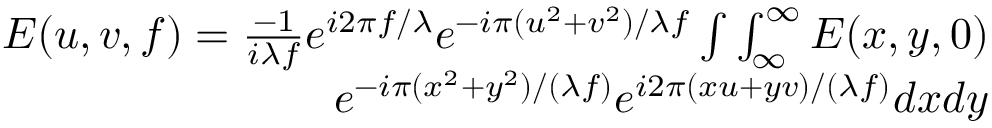
\begin{array} { r } { E ( u , v , f ) = \frac { - 1 } { i \lambda f } { { e } ^ { i 2 \pi f / \lambda } } { { e } ^ { - i \pi ( { { u } ^ { 2 } } + { { v } ^ { 2 } } ) / \lambda f } } \int \int _ { \infty } ^ { \infty } E ( x , y , 0 ) } \\ { { { e } ^ { - i \pi ( { { x } ^ { 2 } } + { { y } ^ { 2 } } ) / ( \lambda f ) } } { { e } ^ { i 2 \pi ( x u + y v ) / ( \lambda f ) } } d x d y } \end{array}